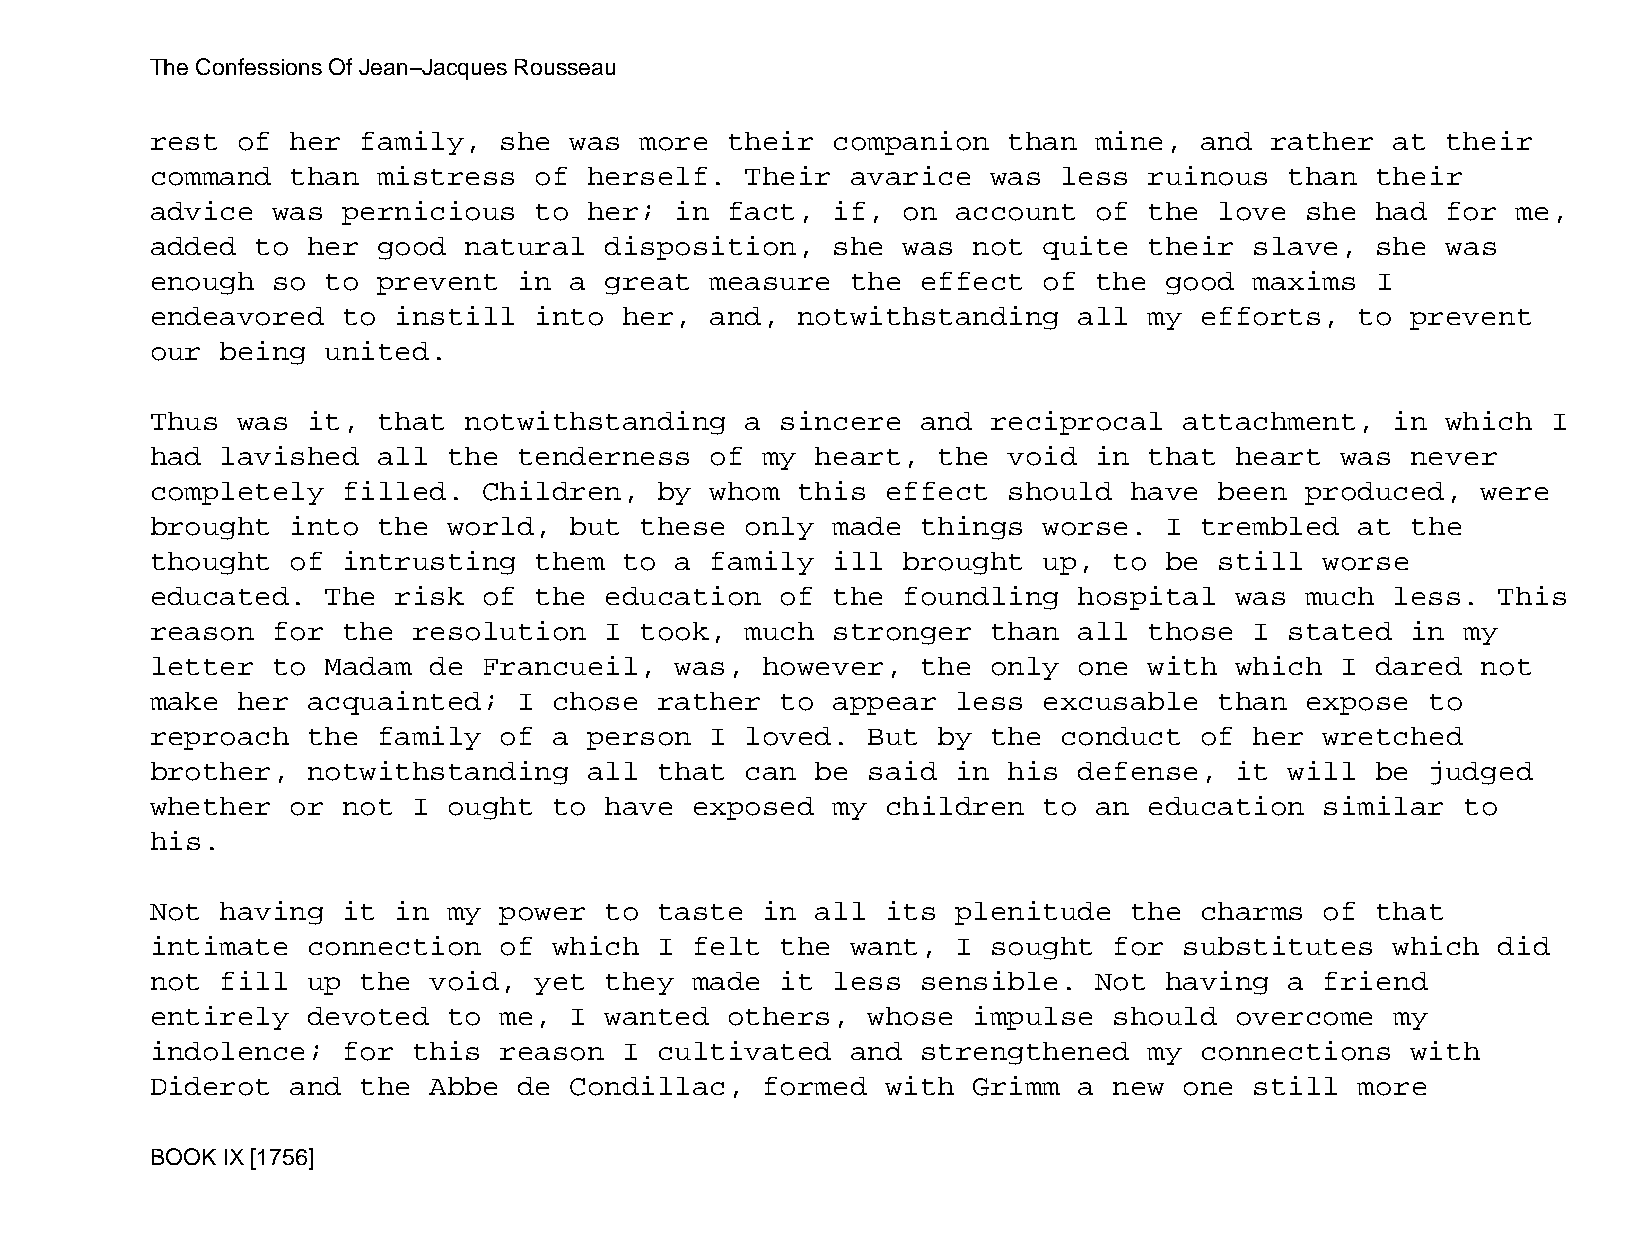
The Confessions Of Jean−Jacques Rousseau
 rest  of her  family,  she  was more  their  companion   than mine,  and  rather  at  their
 command  than  mistress  of  herself.  Their  avarice   was less  ruinous  than  their
 advice  was  pernicious  to  her;  in fact,  if,  on account  of  the  love she  had  for me,
 added  to her  good  natural  disposition,   she  was not  quite  their  slave,  she  was
 enough  so  to prevent  in  a great  measure  the  effect  of the  good  maxims  I
 endeavored   to instill  into  her,  and,  notwithstanding   all  my efforts,   to prevent
 our  being  united.
 Thus  was it,  that  notwithstanding   a  sincere  and  reciprocal  attachment,   in  which  I
 had  lavished  all  the tenderness   of my  heart,  the  void in  that  heart  was never
 completely   filled.  Children,   by whom  this  effect  should  have  been produced,   were
 brought  into  the  world,  but these  only  made  things  worse.  I trembled   at the
 thought  of  intrusting  them  to  a family  ill  brought  up,  to be  still  worse
 educated.   The risk  of the  education   of the  foundling  hospital   was much  less.  This
 reason  for  the resolution   I took,  much  stronger   than all  those  I stated  in  my
 letter  to  Madam de  Francueil,   was, however,   the  only one  with  which  I dared  not
 make  her acquainted;   I  chose  rather  to appear  less  excusable   than expose   to
 reproach  the  family  of  a person  I loved.  But  by  the conduct  of  her  wretched
 brother,  notwithstanding    all  that can  be said  in  his defense,   it will  be  judged
 whether  or  not I  ought  to have  exposed  my  children  to an  education   similar  to
 his.
 Not  having  it in  my power  to  taste in  all  its plenitude   the charms   of that
 intimate  connection   of  which  I felt  the want,  I  sought  for substitutes   which  did
 not  fill up  the void,  yet  they  made  it less  sensible.  Not  having  a  friend
 entirely  devoted   to me,  I wanted  others,  whose  impulse   should  overcome  my
 indolence;   for this  reason  I  cultivated  and  strengthened   my connections   with
 Diderot  and  the Abbe  de  Condillac,  formed   with Grimm  a  new one  still  more
 BOOK IX [1756]